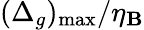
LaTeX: (\Delta_{g})_{\operatorname*{max}}/\eta_{\mathbf{B}}